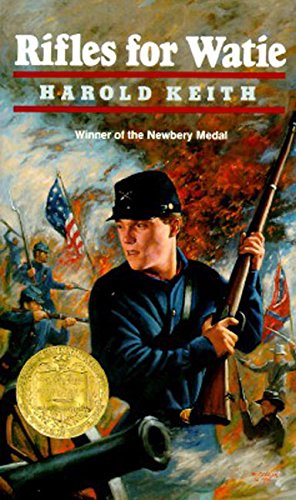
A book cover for Rifles for Watie; Harold Keith; Teen & Young Adult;